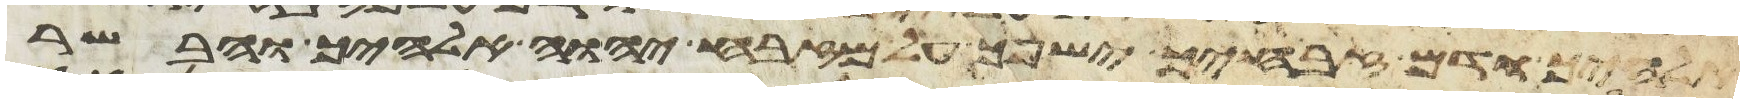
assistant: אלהיך ודם זבחיך ישפך על מזבח יהוה אלהיך והבשר